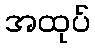
အထုပ်